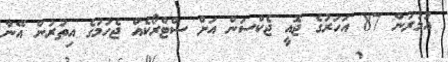
އުމުރުން 87 އަހަރުގެ ޖޮއީ ޖެކްސަން އަށް ސްޓްރޯކެއް ޖެހުމުގެ އިތުރުން އޭނާ